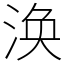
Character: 涣